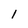
Character: l